Report on inoculation in the plague infected areas of the Punjab and its dependencies from October 1900 to September 1901
Year: 1900
Disease focus: Plague
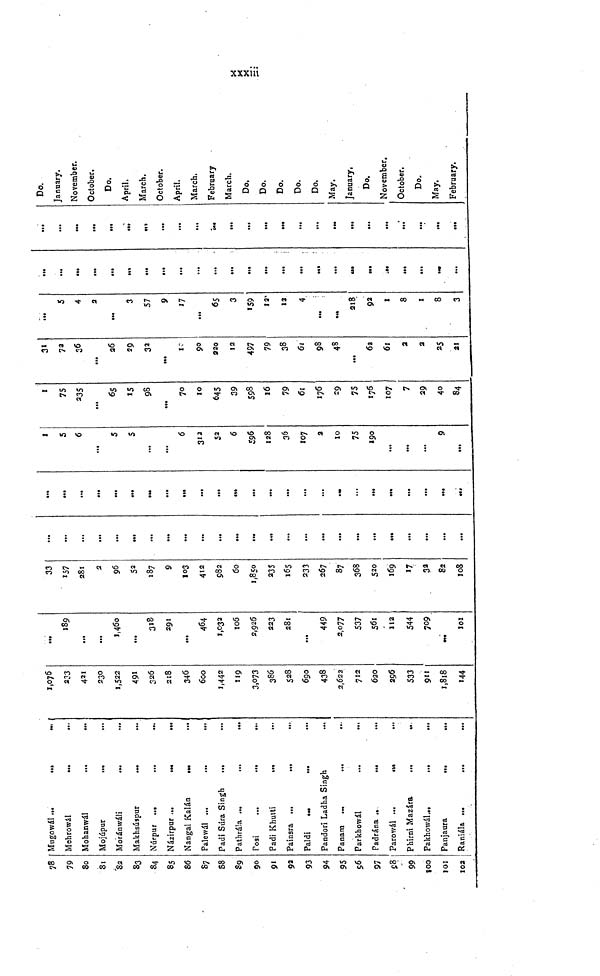
xxxiii
78
79
8o
81
82
83
84
85
86
S7
S8
$9
90
91
92
93
94
95
96
97
£3
99
100
101
102
Mugowál
Mehrowál
...
...
Mohanwál
...
...
Mojúpur
...
Moránwáli
...
...
Makhsúspur
...
Núrpur
Názirpur ...
...
Nangal Kalán
.
Palewál ...
Padi Súra Singh
...
Pathrála ...
...
...
Posi
Padi Khutti
Painsra ...
...
...
Paldi
Pandori Ladha Singh
Panana ...
...
...
Parkhowál
...
...
Padrána ..
...
...
Parowál
Phírni Mazára
Pakhowál
Panjaura
...
...
Raniála ...
...
...
1,076
233
421
230
1,522
491
326
218
346
600
1,442
119
3,073
386
528
690
438
2,622
712
620
296
533
911
1,818
144
...
189
...
1,460
...
318
291
...
464
1,032
106
2,926
223
281
...
449
2,077
537
561
112
544
709
101
33
157
281
2
96
52
187
9
103
412
982
60
1,850
235
165
233
267
87
368
520
169
17
32
82
108
...
...
...
...
...
...
...
...
...
...
...
...
...
...
...
...
...
...
...
...
...
...
...
...
...
...
...
...
...
...
...
...
...
...
i«.
...
...
...
...
...
...
...
...
...
•••
1
s
6
...
5
5
...
...
6
312
52
6
596
128
36
107
2
10
75
190
...
...
...
9
...
1
75
235
...
65
15
98
...
70
10
645
29
598
16
79
61
176
29
75
176
107
7
29
40
84
31
73
36
...
26
29
32
...
10
90
920
12
497
79
38
6t
98
48
62
61
2
2
25
21
...
5
4
2
3
57
9
17
...
65
3
159
12
12
4
...
218
92
1
8
1
8
3
...
...
...
...
...
..
...
...
...
...
...
...
...
...
...
...
...
...
...
...
...
...
...
...
...
...
...
...
...
...
...
...
...
...
...
...
...
...
...
...
...
Do.
January.
November.
October.
Do.
April.
March.
October.
April,
March.
February
March.
Do.
Do.
Do.
Do.
Do.
May.
January,
Do.
November.
October.
Do.
May.
February.